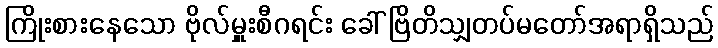
ကြိုးစားနေသော ဗိုလ်မှူးစီဂရင်း ခေါ် ဗြိတိသျှတပ်မတော်အရာရှိသည်